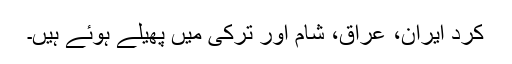
کرد ایران، عراق، شام اور ترکی میں پھیلے ہوئے ہیں۔